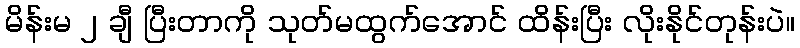
မိန်းမ ၂ ချီ ပြီးတာကို သုတ်မထွက်အောင် ထိန်းပြီး လိုးနိုင်တုန်းပဲ။